Document type: Recognition
Year: 1250
Scribe: Pere Marquès
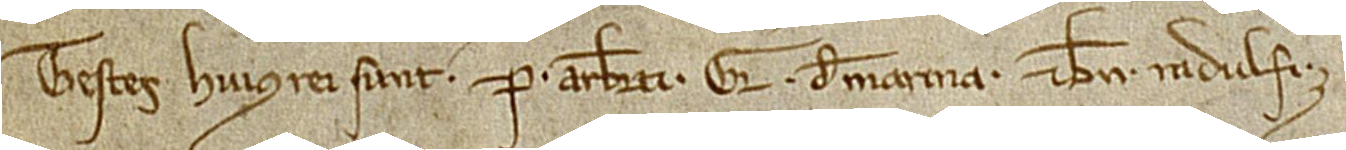
Testes huius rei sunt: P. Arberti, Gerardus de Marina et Bn. Radulfi.